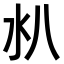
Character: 𣱺